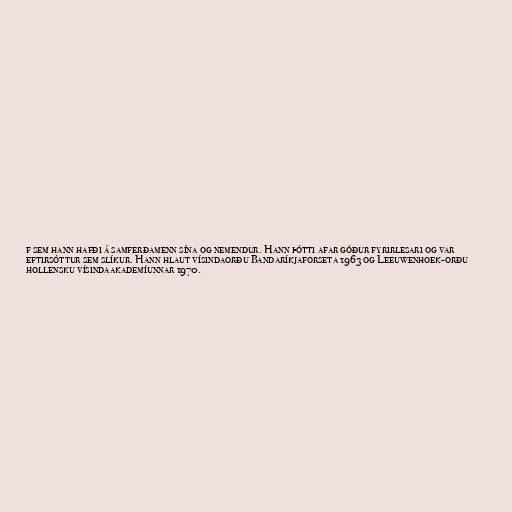
f sem hann hafði á samferðamenn sína og nemendur. Hann þótti afar góður fyrirlesari og var
eftirsóttur sem slíkur. Hann hlaut vísindaorðu Bandaríkjaforseta 1963 og Leeuwenhoek-orðu
hollensku vísindaakademíunnar 1970.